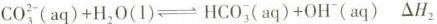
$$C O _ { 3 } ^ { 2 - } ( a q ) + H _ { 2 } O ( l ) \rightleftharpoons H C O _ { 3 } ( a q ) + O H ^ { - } ( a q )$$ △H_{2}